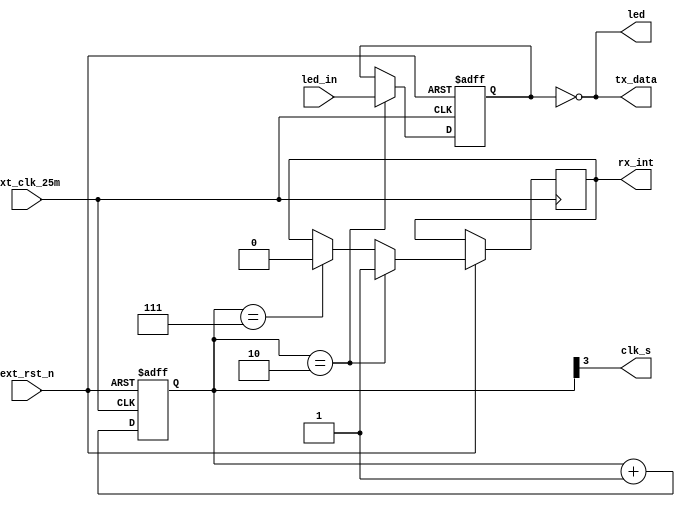
module LED_run(
			input ext_clk_25m,	//25MHz
			input ext_rst_n,	//
			input [7:0] led_in,
			output wire[7:0] led,		//8LED	
			output wire[7:0] tx_data,
			output reg rx_int,
			output wire clk_s
		);													

//-------------------------------------
reg[10:0] cnt;		//20	
reg [7:0] led_r;	
assign led=~led_r;													
assign tx_data=led;
assign clk_s=cnt[3];
	//cnt
always @ (posedge ext_clk_25m or negedge ext_rst_n)									
	if(!ext_rst_n) cnt<=0;											
	else cnt<=cnt+1;																		

//-------------------------------------

	//cnt

always @ (posedge ext_clk_25m or negedge ext_rst_n) 
	if(!ext_rst_n) led_r <= 8'b0000_0001;	//D2
	else if(cnt == 3'd2) begin led_r <=  led_in ;rx_int<=1;	end	//
	else if(cnt == 3'd7)  rx_int<=0;	
	

endmodule